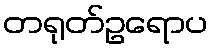
တရုတ်ဥရောပ